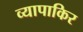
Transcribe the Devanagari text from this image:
व्यापाकिर